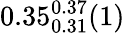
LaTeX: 0.35_{0.31}^{0.37}(1)